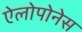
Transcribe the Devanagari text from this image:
ऐलोपोनेस